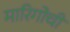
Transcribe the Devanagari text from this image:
मारिगोची